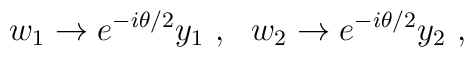
w_1 \to e^{ - i \theta /2} y_1 ~,~~ w_2 \to e^{ - i \theta /2} y_2 ~ ,